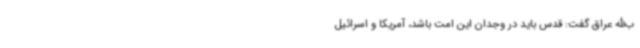
ب‌الله عراق گفت: قدس باید در وجدان این امت باشد، آمریکا و اسرائیل